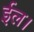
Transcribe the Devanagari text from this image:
ईल।